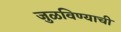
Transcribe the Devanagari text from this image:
जुळविण्याची